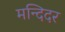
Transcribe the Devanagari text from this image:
मन्दिदर